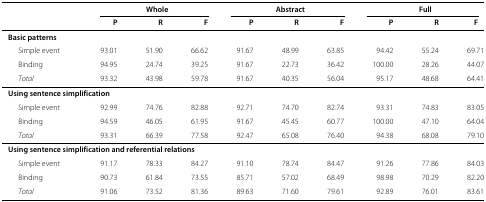
<table><thead><tr><td></td><td colspan="3"><b>Whole</b></td><td colspan="3"><b>Abstract</b></td><td colspan="3"><b>Full</b></td></tr><tr><td></td><td><b>P</b></td><td><b>R</b></td><td><b>F</b></td><td><b>P</b></td><td><b>R</b></td><td><b>F</b></td><td><b>P</b></td><td><b>R</b></td><td><b>F</b></td></tr></thead><tbody><tr><td colspan="10"><b>Basic patterns</b></td></tr><tr><td> Simple event</td><td>93.01</td><td>51.90</td><td>66.62</td><td>91.67</td><td>48.99</td><td>63.85</td><td>94.42</td><td>55.24</td><td>69.71</td></tr><tr><td> Binding</td><td>94.95</td><td>24.74</td><td>39.25</td><td>91.67</td><td>22.73</td><td>36.42</td><td>100.00</td><td>28.26</td><td>44.07</td></tr><tr><td> <i>Total</i></td><td>93.32</td><td>43.98</td><td>59.78</td><td>91.67</td><td>40.35</td><td>56.04</td><td>95.17</td><td>48.68</td><td>64.41</td></tr><tr><td colspan="10"><b>Using sentence simplification</b></td></tr><tr><td> Simple event</td><td>92.99</td><td>74.76</td><td>82.88</td><td>92.71</td><td>74.70</td><td>82.74</td><td>93.31</td><td>74.83</td><td>83.05</td></tr><tr><td> Binding</td><td>94.59</td><td>46.05</td><td>61.95</td><td>91.67</td><td>45.45</td><td>60.77</td><td>100.00</td><td>47.10</td><td>64.04</td></tr><tr><td> <i>Total</i></td><td>93.31</td><td>66.39</td><td>77.58</td><td>92.47</td><td>65.08</td><td>76.40</td><td>94.38</td><td>68.08</td><td>79.10</td></tr><tr><td colspan="10"><b>Using sentence simplification and referential relations</b></td></tr><tr><td> Simple event</td><td>91.17</td><td>78.33</td><td>84.27</td><td>91.10</td><td>78.74</td><td>84.47</td><td>91.26</td><td>77.86</td><td>84.03</td></tr><tr><td> Binding</td><td>90.73</td><td>61.84</td><td>73.55</td><td>85.71</td><td>57.02</td><td>68.49</td><td>98.98</td><td>70.29</td><td>82.20</td></tr><tr><td> <i>Total</i></td><td>91.06</td><td>73.52</td><td>81.36</td><td>89.63</td><td>71.60</td><td>79.61</td><td>92.89</td><td>76.01</td><td>83.61</td></tr></tbody></table>